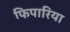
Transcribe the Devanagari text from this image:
फिपारिया